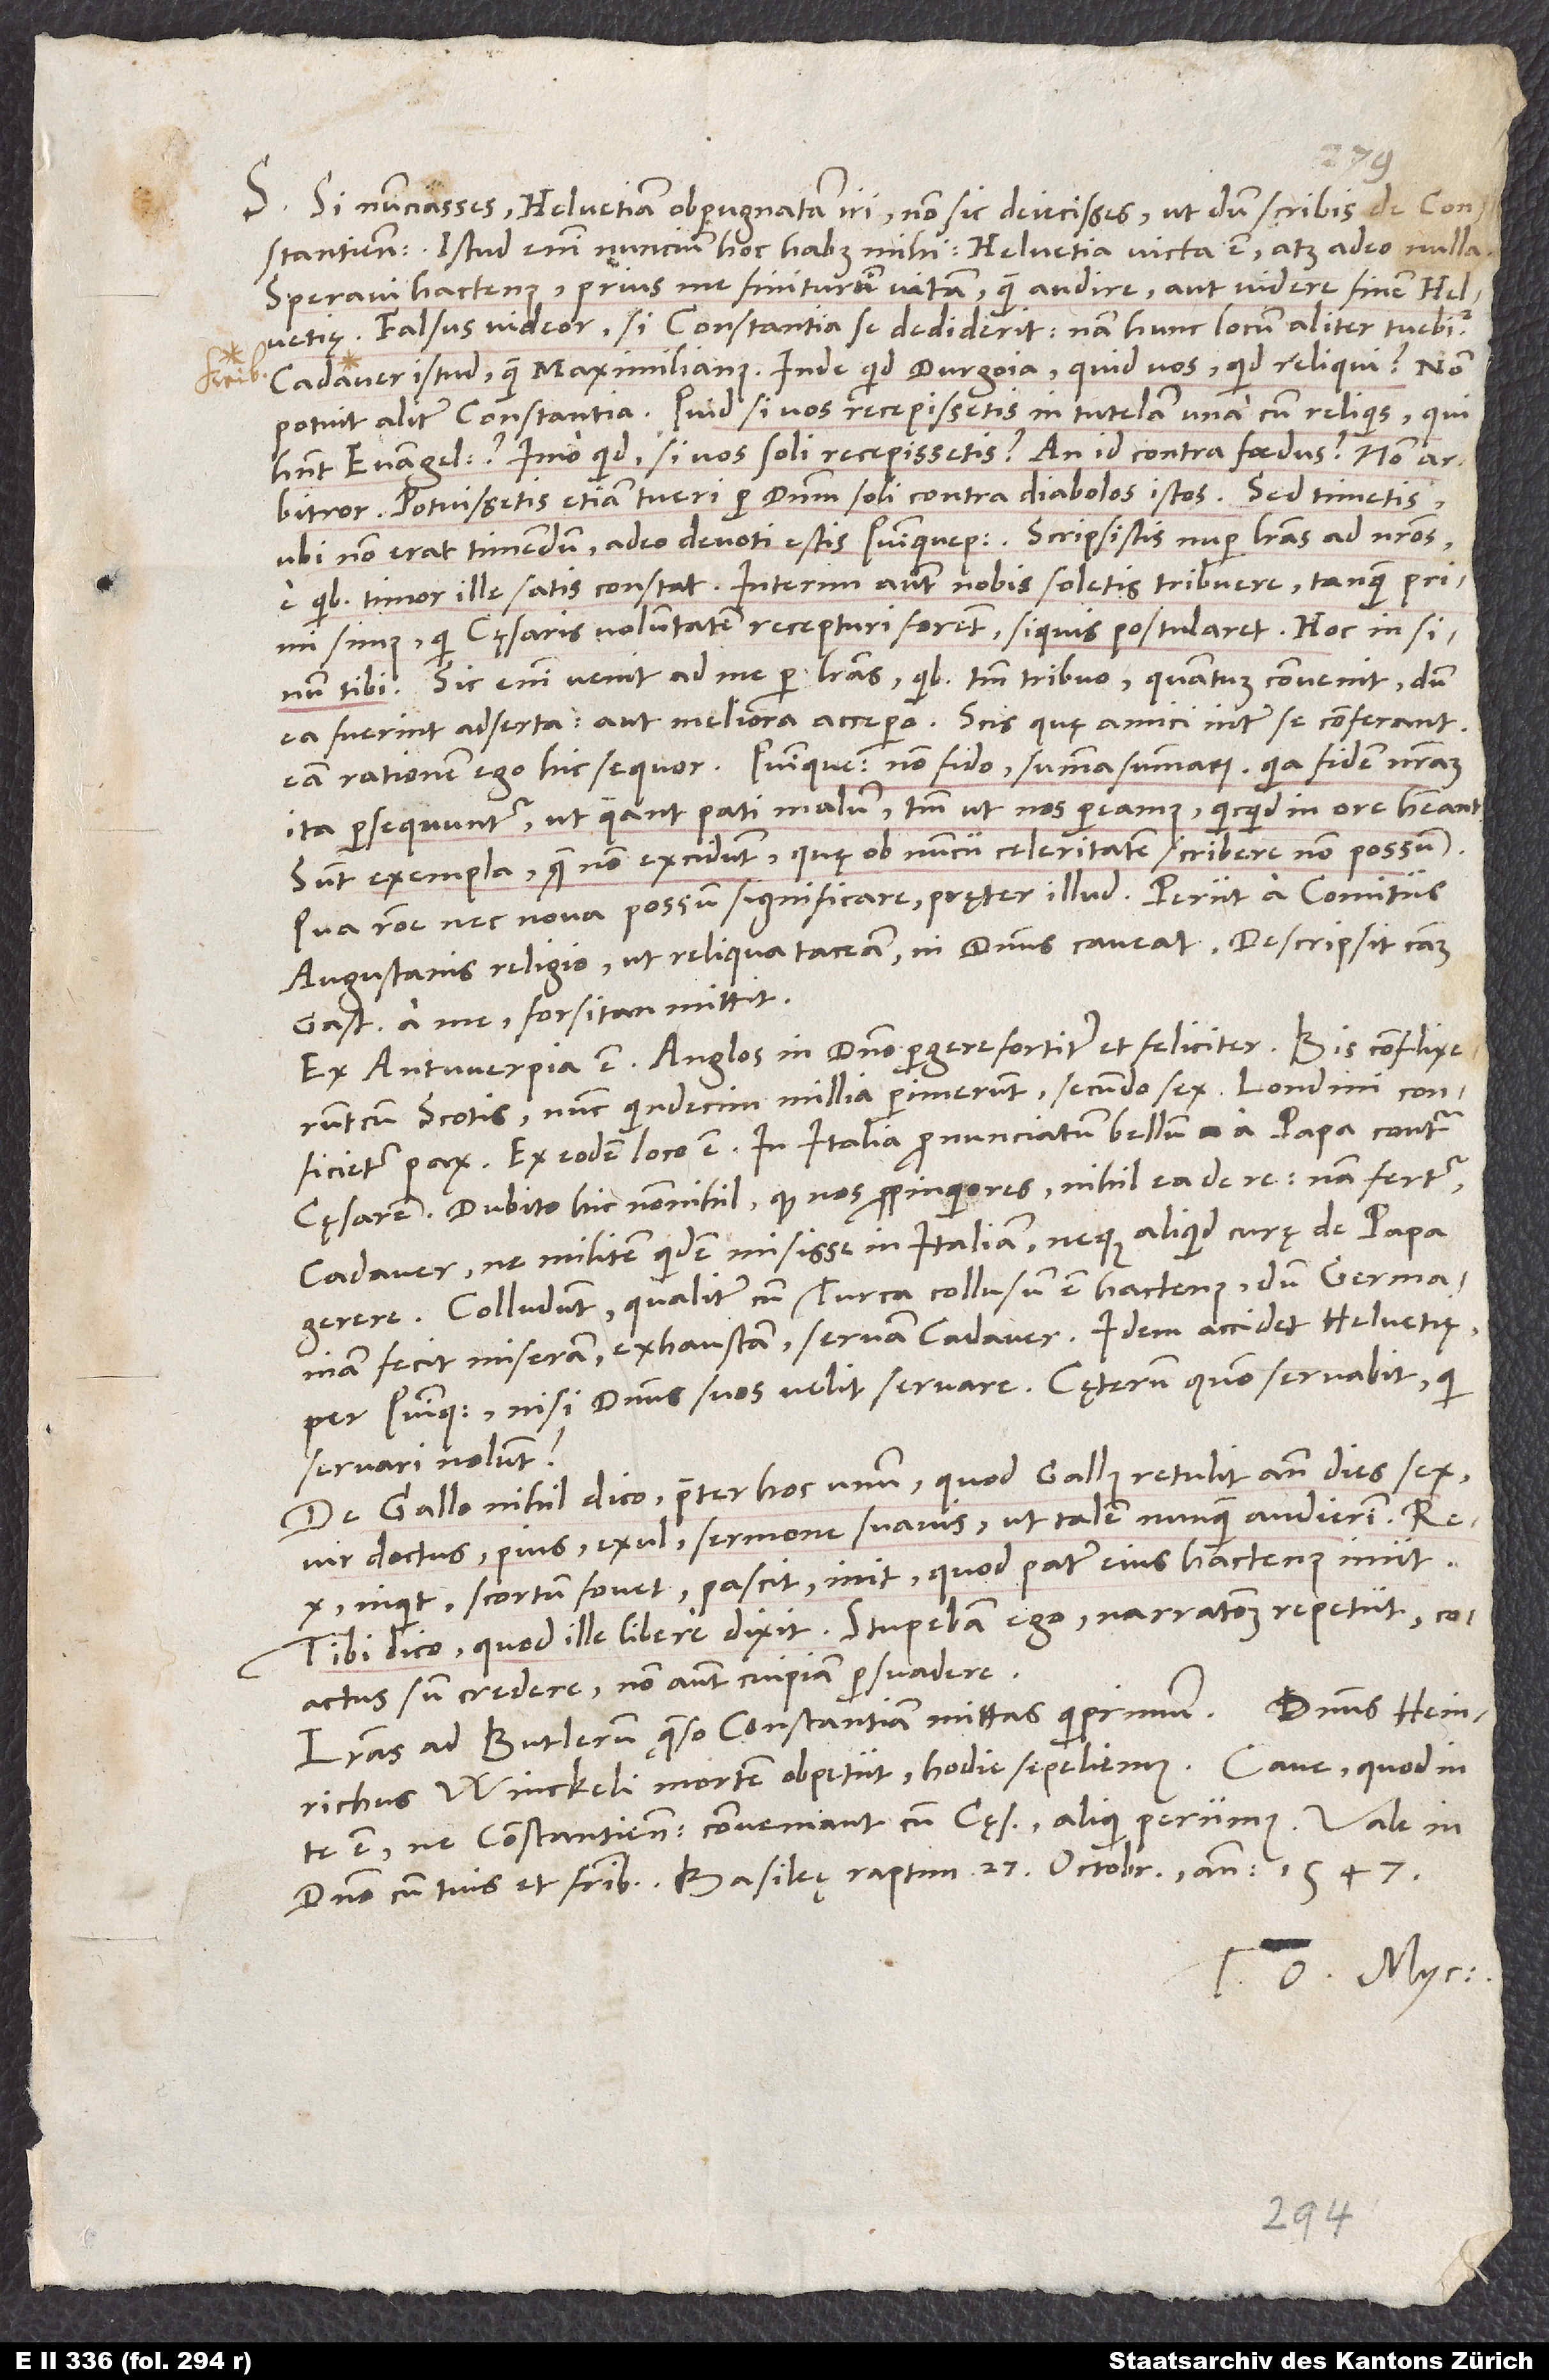
S. Si nunciasses Helvetiam obpugnatam iri, non sic deiecisses ut dum scribis de Constantiensibus.
Istud enim nuncium hoc habet mihi: Helvetia victa est atque adeo nulla.
Speravi hactenus prius me finiturum vitam quam audire aut videre finem Helvetię!
Falsus videor, si Constantia se dediderit. Nam hunc locum aliter tuebitur
cadaver istud quam Maximilianus. Inde quid Durgoia, quid nos, quid reliqui?
potuit aliter Constantia! Quid, si vos recepissetis in tutelam una cum reliquis, qui
habent evangelium? Imo quid, si vos soli recepissetis? An id contra foedus? Non
arbitror. Potuissetis etiam tueri per dominum soli contra diabolos istos! Sed timetis,
ubi non erat timendum! Adeo devoti estis Quinque pagicis! Scripsistis nuper literas ad nostros,
e quibus timor ille satis constat. Interim autem nobis soletis tribuere, tanquam primi
simus, qui cęsaris voluntatem recepturi forent, si quis postularet. Hoc in
tibi. Sic enim venit ad me per literas, quibus tantum tribuo, quantum convenit, dum
ea fuerint adserta aut meliora accepero. Scis, quę amici inter se conferant.
ita persequuntur, ut queant pati malum, tantum ut nos pereamus), quicquid in ore habeant!
Sunt exempla, quae non excidunt, quę ob nuncii celeritatem scribere non possum.
Qua ratione nec nova possum significare pręter illud: Periit a comitiis
Augustanis religio, ut reliqua taceam, ni dominus caveat. Descripsit causam
Gastius a me. Forsitan mittit.
Ex Antwerpia est, Anglos in domino pergere fortiter et feliciter. Bis conflixerunt
cum Scotis. Nunc quindecim millia perimerunt, secundo sex. Londini conficietur
Ex eodem loco est: In Italia pronunciatum bellum a papa contra
cęsarem. Dubito hic nonnihil, quod vos propinquiores nihil ea de re. Nam fertur
cadaver ne militem quidem misisse in Italiam neque aliquid curę de papa
gerere. Colludunt, qualiter cum Turca collusum est hactenus, dum Germaniam
fecit miseram, exhaustam, servam cadaver. Idem accidet Helvetię
per Quinque pagicos, nisi dominus suos velit servare. Cęterum quomodo servabit, qui
servari nolunt?
De Gallo nihil dico, praeter hoc unum, quod Gallus retulit ante dies sex,
vir doctus, pius, exul, sermone suavis (ut talem nunquam audierim):
inquit, scortum fovet, pascit, init, quod pater eius hactenus iniit!“
Tibi dico, quod ille libere dixit. Stupebam ego; narrationem repetiit; coactus
sum credere, non autem cuipiam persuadere.
Literas ad Butlerum quaeso Constantiam mittas quamprimum. Dominus Heinrichus
te est, ne Constantienses conveniant cum cęsare, alioqui periimus!
domino cum tuis et fratribus. Basileę raptim, 27. octobris anno 1547.